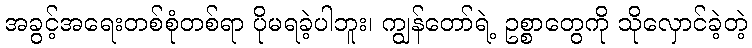
အခွင့်အရေးတစ်စုံတစ်ရာ ပိုမရခဲ့ပါဘူး၊ ကျွန်တော်ရဲ့ ဥစ္စာတွေကို သိုလှောင်ခဲ့တဲ့